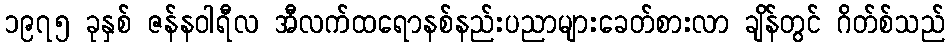
၁၉၇၅ ခုနှစ် ဇန်နဝါရီလ အီလက်ထရောနစ်နည်းပညာများခေတ်စားလာ ချိန်တွင် ဂိတ်စ်သည်